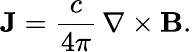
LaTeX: \mathbf{J}=\frac{c}{4\pi}\, \nabla\times\mathbf{B}.